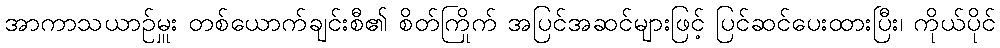
အာကာသယာဉ်မှူး တစ်ယောက်ချင်းစီ၏ စိတ်ကြိုက် အပြင်အဆင်များဖြင့် ပြင်ဆင်ပေးထားပြီး၊ ကိုယ်ပိုင်